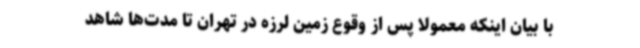
با بیان اینکه معمولا پس از وقوع زمین لرزه در تهران تا مدت‌ها شاهد